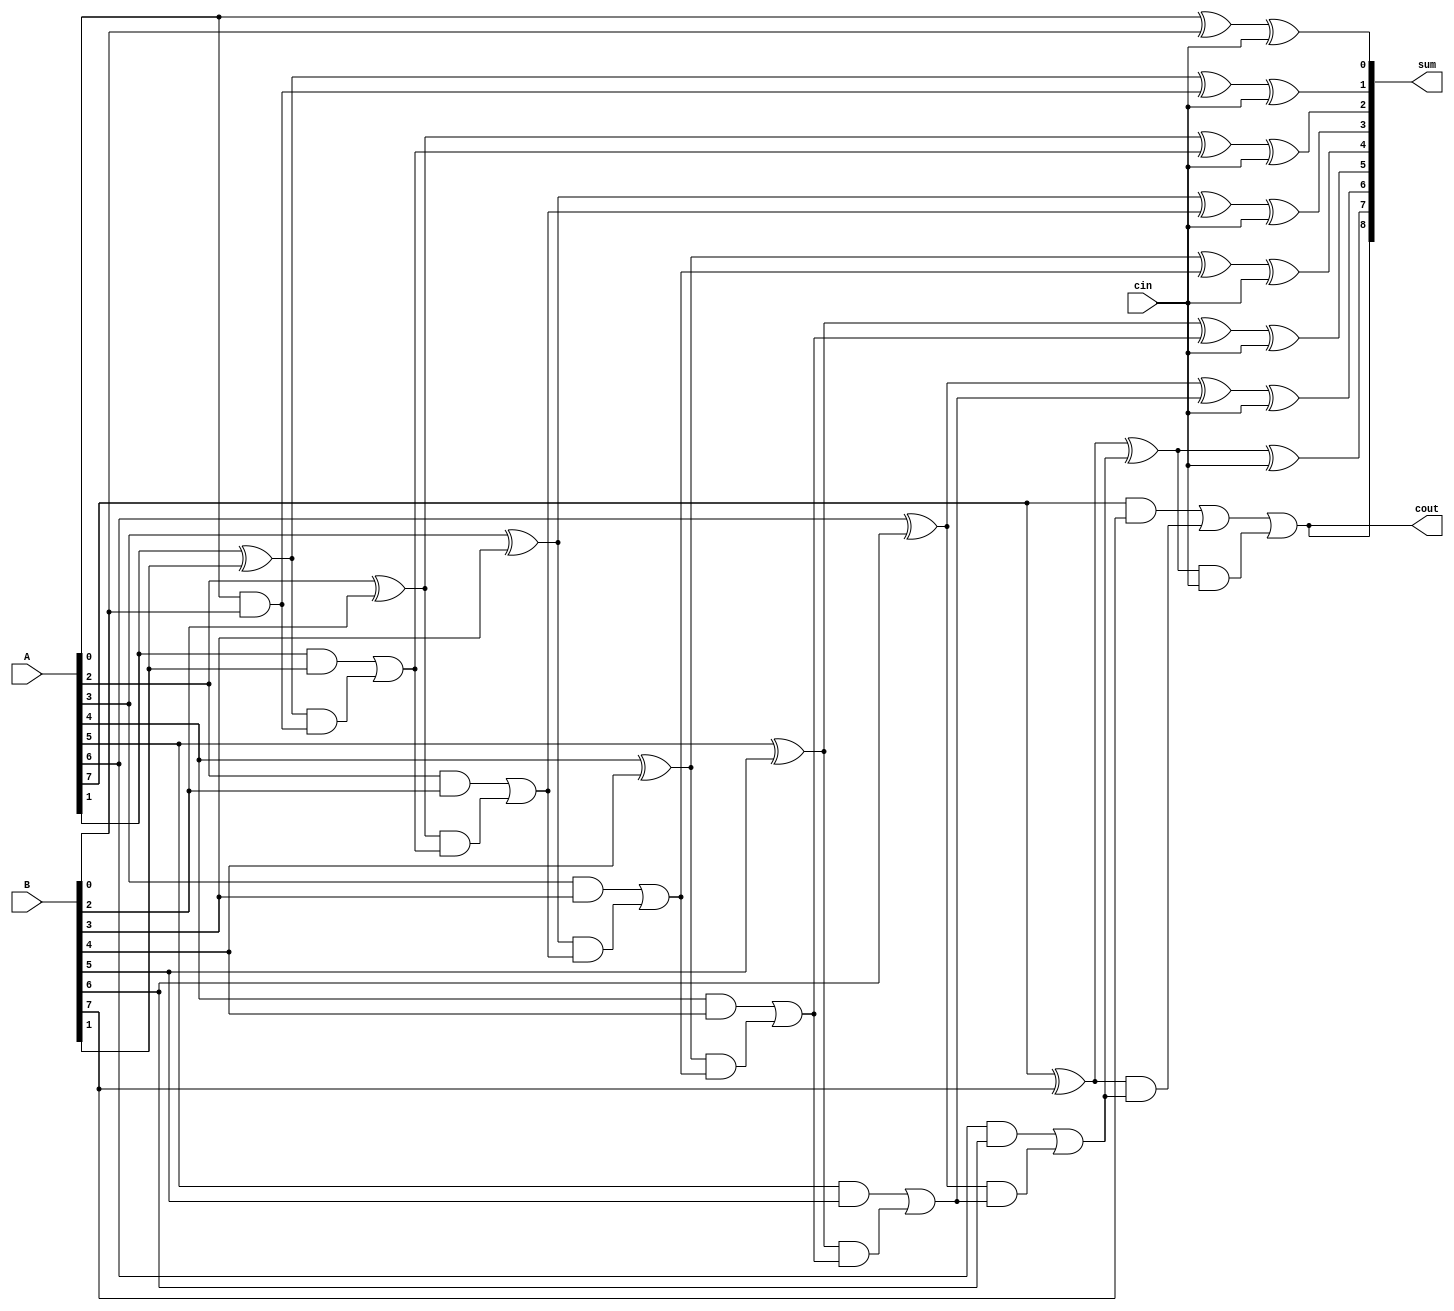
module carry_skip_lookahead_adder (
    input [7:0] A,
    input [7:0] B,
    input cin,
    output [8:0] sum,
    output cout
);

    wire [8:0] P, G;

    assign P[0] = A[0] ^ B[0];
    assign G[0] = A[0] & B[0];
    
    genvar i;
    generate
        for (i = 1; i < 8; i=i+1) begin : gen
            assign P[i] = (A[i] ^ B[i]) ^ G[i-1];
            assign G[i] = (A[i] & B[i]) | (A[i] ^ B[i]) & G[i-1];
        end
    endgenerate

    assign sum[0] = A[0] ^ B[0] ^ cin;
    assign cout = G[7] | (P[7] & cin);
    
    generate
        for (i = 1; i < 8; i=i+1) begin : gen2
            assign sum[i] = P[i] ^ cin;
        end
    endgenerate

    assign sum[8] = cout;

endmodule